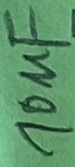
Text: 10µF